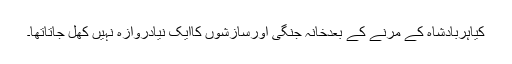
کیاہربادشاہ کے مرنے کے بعدخانہ جنگی اورسازشوں کاایک نیادروازہ نہیں کھل جاتاتھا۔